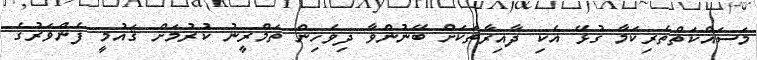
މަސައްކަތްތެރިކަމާ ގުޅޭ އެކި ދާއިރާތަަކަށް ބޭނުންވާ ދިވެހިން ތަމްރީނު ކުރުމަށް ޤައުމީ ފެންވަރުގެ